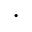
\cdot